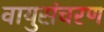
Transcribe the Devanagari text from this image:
वायुसंचरण